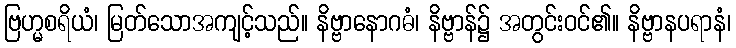
ဗြဟ္မစရိယံ၊ မြတ်သောအကျင့်သည်။ နိဗ္ဗာနောဂဓံ၊ နိဗ္ဗာန်၌ အတွင်းဝင်၏။ နိဗ္ဗာနပရာနံ၊